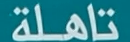
تاهلة